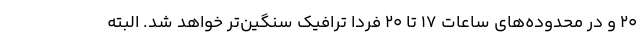
۲۰ و در محدوده‌های ساعات ۱۷ تا ۲۰ فردا ترافیک سنگین‌تر خواهد شد. البته